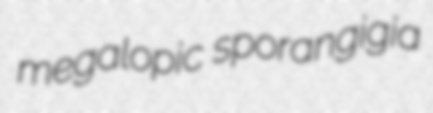
megalopic sporangigia